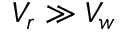
V _ { r } \gg V _ { w }